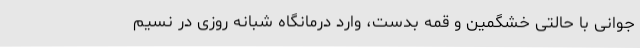
جوانی با حالتی خشگمین و قمه بدست، وارد درمانگاه شبانه روزی در نسیم